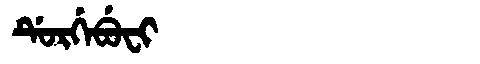
Manchu: ᡩᡠᡵᡤᡝᠪᡠᠸᡳ
Romanization: DURGEBUFI